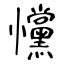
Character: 戃